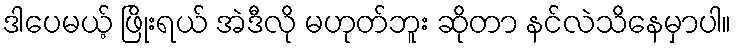
ဒါပေမယ့် ဖြိုးရယ် အဲဒီလို မဟုတ်ဘူး ဆိုတာ နင်လဲသိနေမှာပါ။